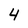
Character: 4